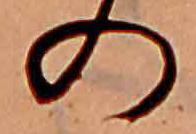
の